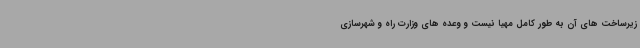
زیرساخت های آن به طور کامل مهیا نیست و وعده های وزارت راه و شهرسازی